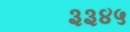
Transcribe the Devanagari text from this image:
३३४५